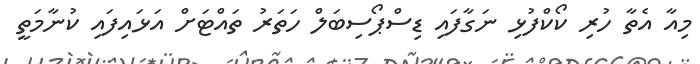
މިއާ އެތާ ހުރި ކޯކްފުޅި ނަގާފައި ޑިސްޕޯސިބަލް ހަތަރު ތައްޓަށް އަޅައިފައި ކުނާމަތީ